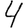
Digit: 4